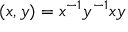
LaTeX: ( x , y ) = x ^ { - 1 } y ^ { - 1 } x y